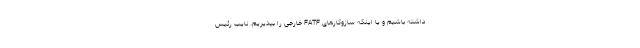
داشته باشیم و یا اینکه سازوکارهای FATF خارجی را بپذیریم. نایب رئیس